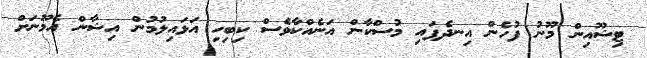
ޓިޝޫއިން މޫނު ފުހެން އިނދެފައި މުސްކާން އަނެއްކާވެސް ކިބިހި އަޅައިލުމުން އިޝާން އެމޫނަށް